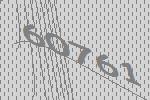
60761